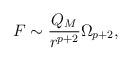
LaTeX: \begin{align*}F \sim {Q_M \over r^{p + 2}}\Omega_{p + 2},\end{align*}